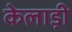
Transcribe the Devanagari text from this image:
केलाड़ी